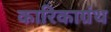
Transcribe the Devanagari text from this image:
कारिकाग्रंथ